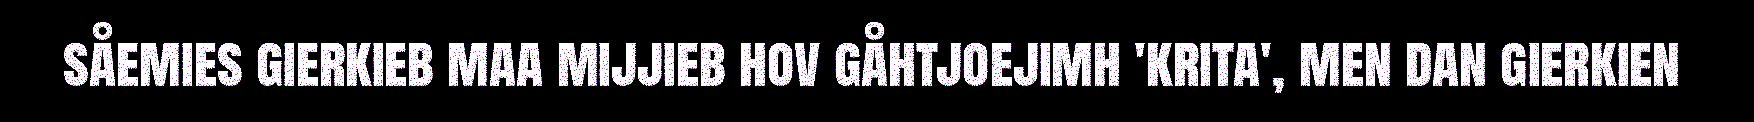
såemies gierkieb maa mijjieb hov gåhtjoejimh 'krita', men dan gierkien